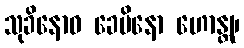
သုခိနောဝ ခေမိနော ဟောန္တု၊